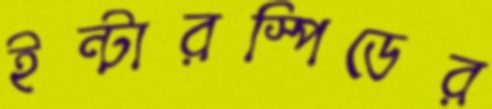
ইন্টারস্পিডের